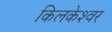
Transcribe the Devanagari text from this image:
किलकेश्‍वर